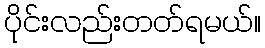
ပိုင်းလည်းတတ်ရမယ်။